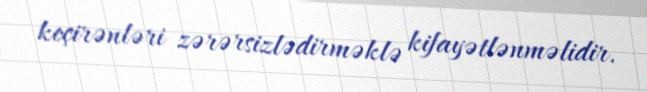
keçirənləri zərərsizlədirməklə kifayətlənməlidir.